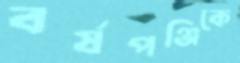
বর্ষপঞ্জিকে